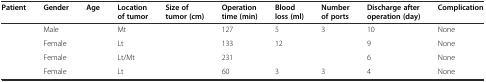
<table><thead><tr><td><b>Patient</b></td><td><b>Gender</b></td><td><b>Age</b></td><td><b>Location of tumor</b></td><td><b>Size of tumor (cm)</b></td><td><b>Operation time (min)</b></td><td><b>Blood loss (ml)</b></td><td><b>Number of ports</b></td><td><b>Discharge after operation (day)</b></td><td><b>Complication</b></td></tr></thead><tbody><tr><td>[EMPTY_CELL]</td><td>Male</td><td>[EMPTY_CELL]</td><td>Mt</td><td>[EMPTY_CELL]</td><td>127</td><td>5</td><td>3</td><td>10</td><td>None</td></tr><tr><td>[EMPTY_CELL]</td><td>Female</td><td>[EMPTY_CELL]</td><td>Lt</td><td>[EMPTY_CELL]</td><td>133</td><td>12</td><td>[EMPTY_CELL]</td><td>9</td><td>None</td></tr><tr><td>[EMPTY_CELL]</td><td>Female</td><td>[EMPTY_CELL]</td><td>Lt/Mt</td><td>[EMPTY_CELL]</td><td>231</td><td>[EMPTY_CELL]</td><td>[EMPTY_CELL]</td><td>6</td><td>None</td></tr><tr><td>[EMPTY_CELL]</td><td>Female</td><td>[EMPTY_CELL]</td><td>Lt</td><td>[EMPTY_CELL]</td><td>60</td><td>3</td><td>3</td><td>4</td><td>None</td></tr></tbody></table>